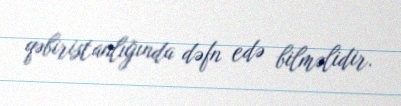
qəbiristanlığında dəfn edə bilməlidir.